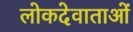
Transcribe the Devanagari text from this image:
लोकदेवाताओं